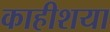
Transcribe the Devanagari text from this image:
काहीशया